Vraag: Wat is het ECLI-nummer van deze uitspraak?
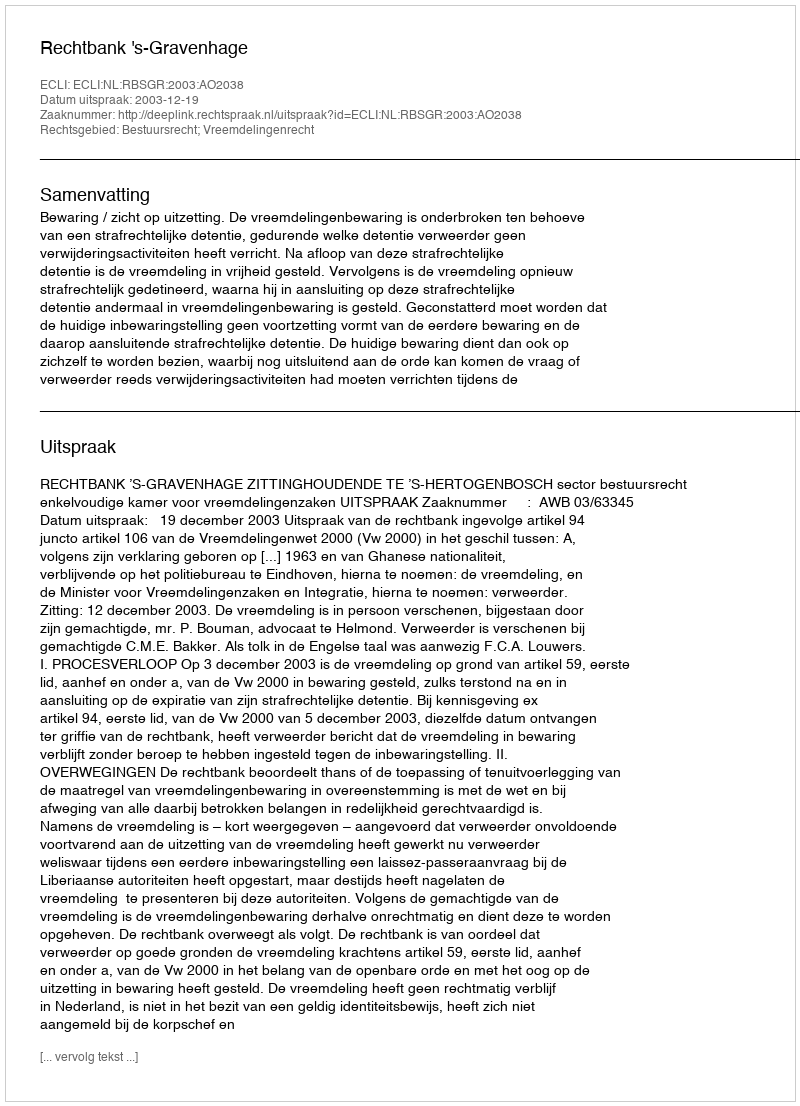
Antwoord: ECLI:NL:RBSGR:2003:AO2038